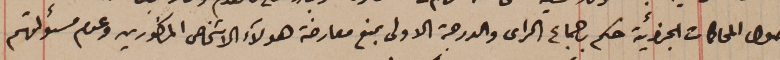
اصول المحاكمات الجزائية حكم باجماع الراى والدرجة الاولى بمنع معارضة هولآء الاشخاص المذكورين وعدم مسؤلتهم